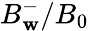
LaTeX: B_{\mathbf{w}}^{-}/B_{0}